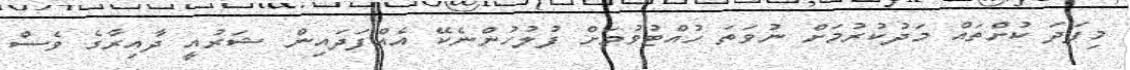
މިފަދަ ކުށްތައް މަދުކުރުމަށް ނުވަތަ ހުއްޓުވުމަށް ފުލުހުންނެކޭ އެއްފަދައިން ޝަރުއީ ދާއިރާގެ ވެސް